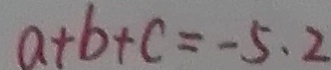
a + b + c = - 5 . 2